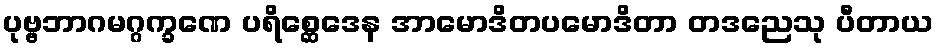
ပုဗ္ဗဘာဂမဂ္ဂက္ခဏေ ပရိစ္ဆေဒေန အာမောဒိတပမောဒိတာ တဒညေသု ပီတာယ